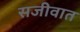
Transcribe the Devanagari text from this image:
सजीवात